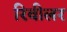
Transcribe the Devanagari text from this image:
रिवीलर